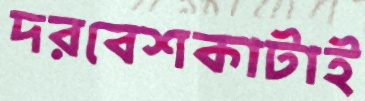
দরবেশকাটাই